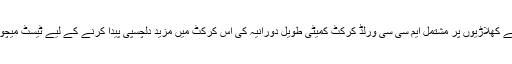
واضح رہے کہ رمیز راجہ، رکی پونٹنگ، برینڈن مک کولم، سارو گنگولی اور کمار سنگا کارا جیسے کھلاڑیوں پر مشتمل ایم سی سی ورلڈ کرکٹ کمیٹی طویل دورانیہ کی اس کرکٹ میں مزید دلچسپی پیدا کرنے کے لیے ٹیسٹ میچوں کے دورانیے کو 5 دن سے کم کر کے 4 دن تک کرنے کی تجویز کی بھی مخالفت کر چکی ہے۔